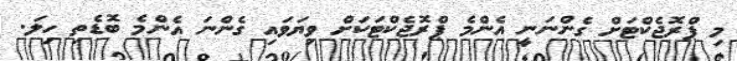
މި ޕްރޮޖެކްޓަށް ގެންނަނީ އެންމެ ޕްރޮޖެކްޓަކަށް ވިޔަވައި ގެންނަ އެންމެ ބޮޑެތި ހިލަ.